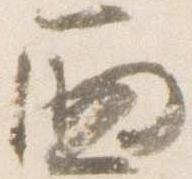
西